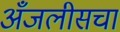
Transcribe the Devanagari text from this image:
अँजलीसचा